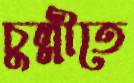
চুল্লীতে